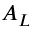
A _ { L }